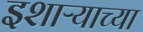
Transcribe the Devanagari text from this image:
इशाऱ्याच्या